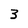
Character: 3